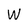
Character: W